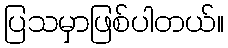
ပြသမှာဖြစ်ပါတယ်။